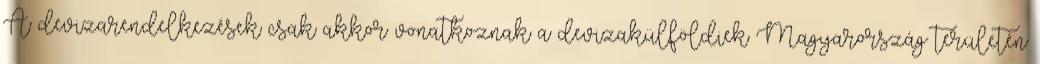
A devizarendelkezések csak akkor vonatkoznak a devizakülföldiek Magyarország területén